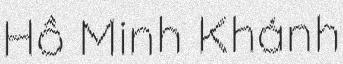
Hồ Minh Khánh